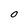
Character: O